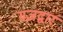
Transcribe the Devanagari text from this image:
गजद्वार